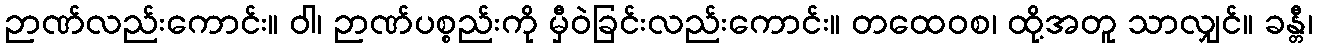
ဉာဏ်လည်းကောင်း။ ဝါ၊ ဉာဏ်ပစ္စည်းကို မှီဝဲခြင်းလည်းကောင်း။ တထေဝစ၊ ထို့အတူ သာလျှင်။ ခန္တီ၊